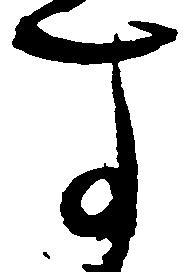
す